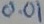
Text: 0.01